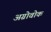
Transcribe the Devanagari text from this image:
अग्रोवोक